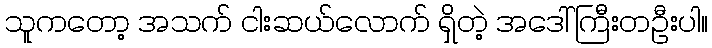
သူကတော့ အသက် ငါးဆယ်လောက် ရှိတဲ့ အဒေါ်ကြီးတဦးပါ။